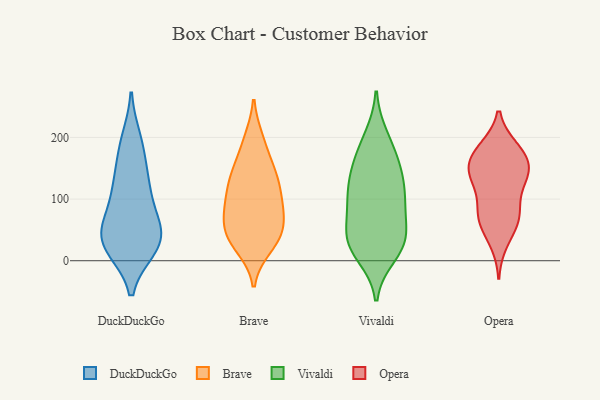
{"axis": {"x": "Demand Index", "y": "Value"}, "legend": ["Brave", "DuckDuckGo", "Opera", "Vivaldi"], "data": [{"x": "", "y": 24, "type": "DuckDuckGo"}, {"x": "", "y": 24, "type": "DuckDuckGo"}, {"x": "", "y": 186, "type": "DuckDuckGo"}, {"x": "", "y": 58, "type": "DuckDuckGo"}, {"x": "", "y": 44, "type": "DuckDuckGo"}, {"x": "", "y": 121, "type": "DuckDuckGo"}, {"x": "", "y": 60, "type": "DuckDuckGo"}, {"x": "", "y": 21, "type": "DuckDuckGo"}, {"x": "", "y": 196, "type": "DuckDuckGo"}, {"x": "", "y": 24, "type": "DuckDuckGo"}, {"x": "", "y": 116, "type": "DuckDuckGo"}, {"x": "", "y": 101, "type": "DuckDuckGo"}, {"x": "", "y": 45, "type": "DuckDuckGo"}, {"x": "", "y": 150, "type": "DuckDuckGo"}, {"x": "", "y": 197, "type": "Brave"}, {"x": "", "y": 24, "type": "Brave"}, {"x": "", "y": 43, "type": "Brave"}, {"x": "", "y": 22, "type": "Brave"}, {"x": "", "y": 62, "type": "Brave"}, {"x": "", "y": 117, "type": "Brave"}, {"x": "", "y": 140, "type": "Brave"}, {"x": "", "y": 139, "type": "Brave"}, {"x": "", "y": 86, "type": "Brave"}, {"x": "", "y": 84, "type": "Brave"}, {"x": "", "y": 141, "type": "Brave"}, {"x": "", "y": 111, "type": "Brave"}, {"x": "", "y": 194, "type": "Brave"}, {"x": "", "y": 43, "type": "Brave"}, {"x": "", "y": 97, "type": "Brave"}, {"x": "", "y": 52, "type": "Brave"}, {"x": "", "y": 38, "type": "Brave"}, {"x": "", "y": 156, "type": "Brave"}, {"x": "", "y": 79, "type": "Brave"}, {"x": "", "y": 28, "type": "Vivaldi"}, {"x": "", "y": 185, "type": "Vivaldi"}, {"x": "", "y": 75, "type": "Vivaldi"}, {"x": "", "y": 200, "type": "Vivaldi"}, {"x": "", "y": 112, "type": "Vivaldi"}, {"x": "", "y": 144, "type": "Vivaldi"}, {"x": "", "y": 147, "type": "Vivaldi"}, {"x": "", "y": 31, "type": "Vivaldi"}, {"x": "", "y": 110, "type": "Vivaldi"}, {"x": "", "y": 42, "type": "Vivaldi"}, {"x": "", "y": 96, "type": "Vivaldi"}, {"x": "", "y": 95, "type": "Vivaldi"}, {"x": "", "y": 158, "type": "Vivaldi"}, {"x": "", "y": 10, "type": "Vivaldi"}, {"x": "", "y": 32, "type": "Vivaldi"}, {"x": "", "y": 29, "type": "Vivaldi"}, {"x": "", "y": 67, "type": "Opera"}, {"x": "", "y": 180, "type": "Opera"}, {"x": "", "y": 68, "type": "Opera"}, {"x": "", "y": 31, "type": "Opera"}, {"x": "", "y": 76, "type": "Opera"}, {"x": "", "y": 147, "type": "Opera"}, {"x": "", "y": 130, "type": "Opera"}, {"x": "", "y": 177, "type": "Opera"}, {"x": "", "y": 145, "type": "Opera"}, {"x": "", "y": 182, "type": "Opera"}, {"x": "", "y": 136, "type": "Opera"}, {"x": "", "y": 145, "type": "Opera"}, {"x": "", "y": 163, "type": "Opera"}, {"x": "", "y": 67, "type": "Opera"}, {"x": "", "y": 103, "type": "Opera"}]}